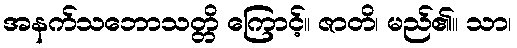
အနက်သဘောသတ္တိ ကြောင့်။ ဇာတိ၊ မည်၏။ သာ၊